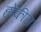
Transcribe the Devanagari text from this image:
होंकीज़।